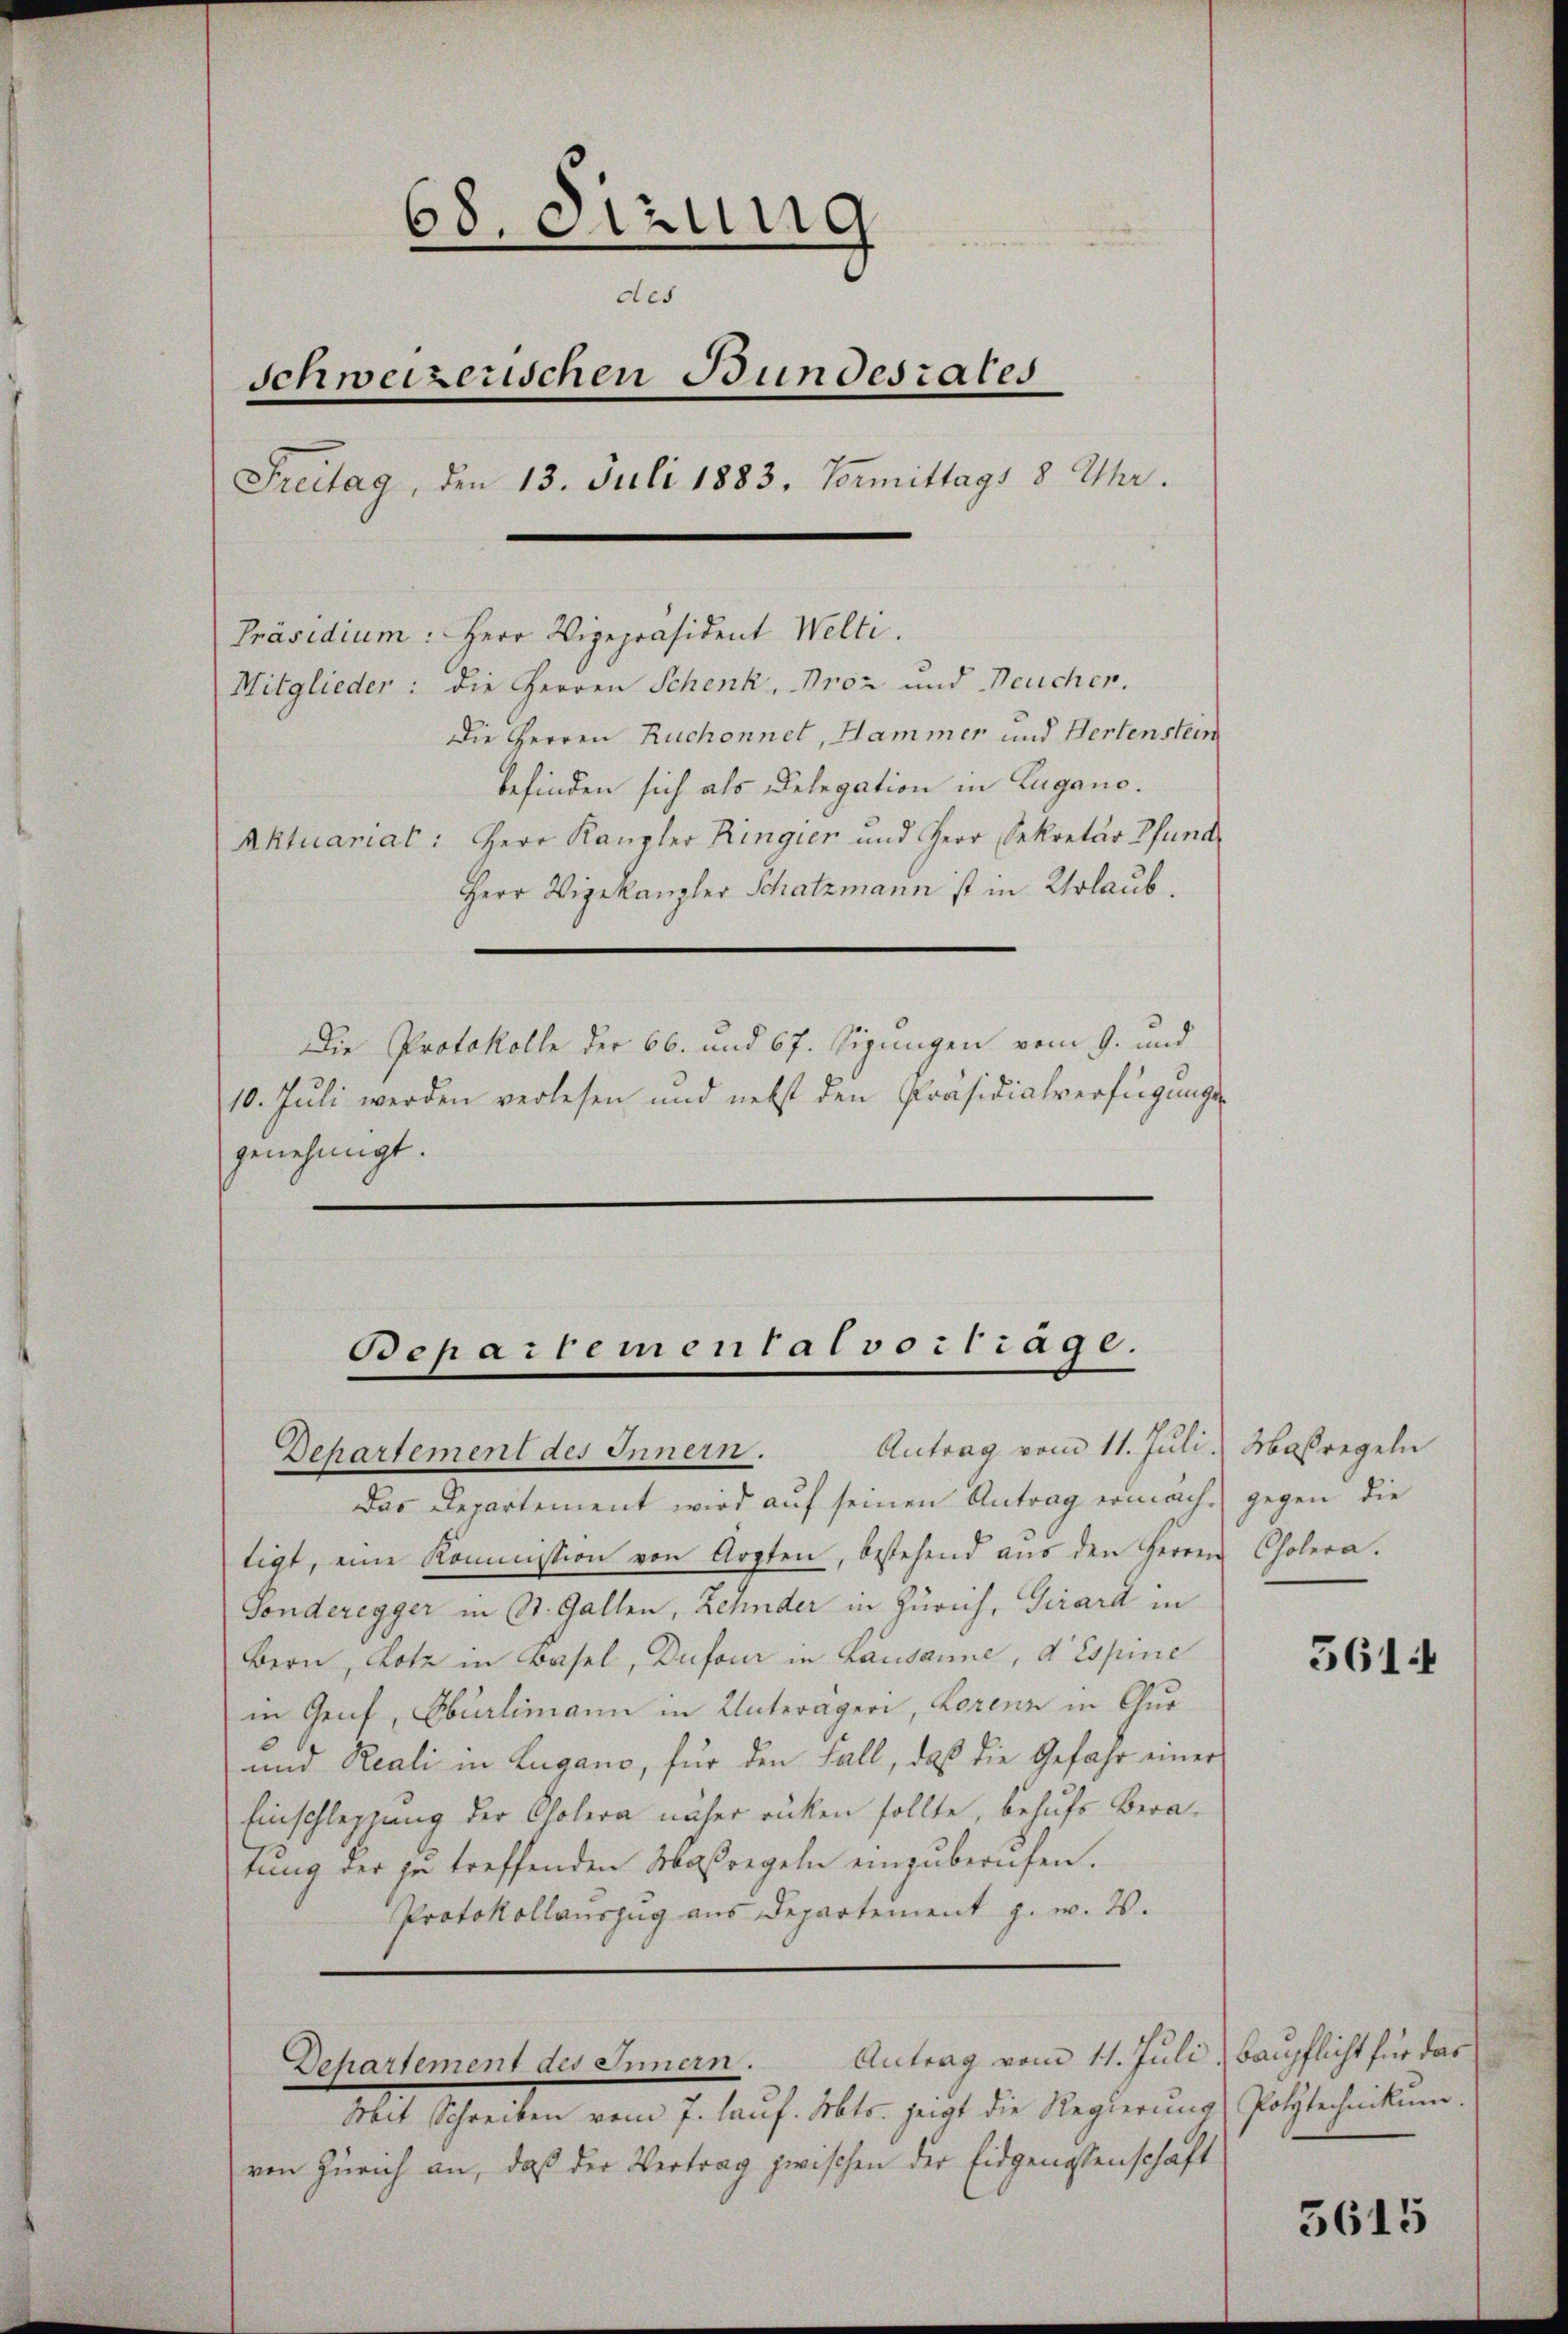
68. Sitzung
des
Schweizerischen Bundesrates
Freitag, den 13. Juli 1883, Vormittags 8 Uhr.
Präsidium: Herr Vizepräsident Welti.
Mitglieder: die Herren Schenk, Proz und Neucher.
Die Herren Ruchonnet, Hammer und Hertenstein
befinden sich als Delegation in Lugano.
Aktuariat: Herr Kanzler Ringier und Herr Sekretär Pfund
Herr Vigekanzler Schatzmann ist in Urlaub.
Die Protokolle der 66. und 67. Sizungen vom 9. und
10. Juli werden verlesen und nebst den Präsidialverfügungs
genehmigt.

Dehartement des Innern.
Das Departement wird auf seinen Antrag ermacht gegen die
tigt, eine Kommission von Arzten, bestehend aŭs den Herren Cholera.
Gonderegger in St. Gallen, Zehnder in Zürich, Girard in
Bern, Lotz in Basel, Dufour in Lausanne, d Espine
in Genf, Obürlimann in Unterägeri, Lorenz in Chur
und Reali in Lugano, für den Fall, daß die Gefahr einer
Einschleppung der Cholera näher rücken sollte, behufs Beratung der zu treffenden Maßregeln einzuberufen.
Protokollauszug aus Departement z. w. 2.

Bep

Mit Schreiben vom 7. lauf. Mts. zeigt die Regierung Polytechnikum.
Zürich an, daß der Vertrag zwischen der Eidgenossenschaft

chartement des Innern.

in

ental vortrage.

Antrag vom 11. Juli, Maßregeln

Antrag vom 11. Juli, Baupflicht für das

5614

5615